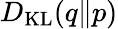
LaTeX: D_{\mathrm{KL}}(q\| p)